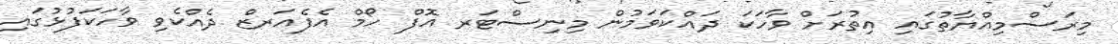
މިރަސްމިއްޔާތުގައި އިތުރަށް ވާހަކަ ދައްކަވަމުން މިނިސްޓަރ އޮފް ހޯމް އެފެއަރޒް ދެއްކެވި ވާހަކަފުޅުގައި